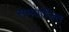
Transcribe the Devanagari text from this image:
समंयोजित